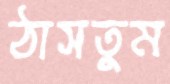
ঠাসতুম